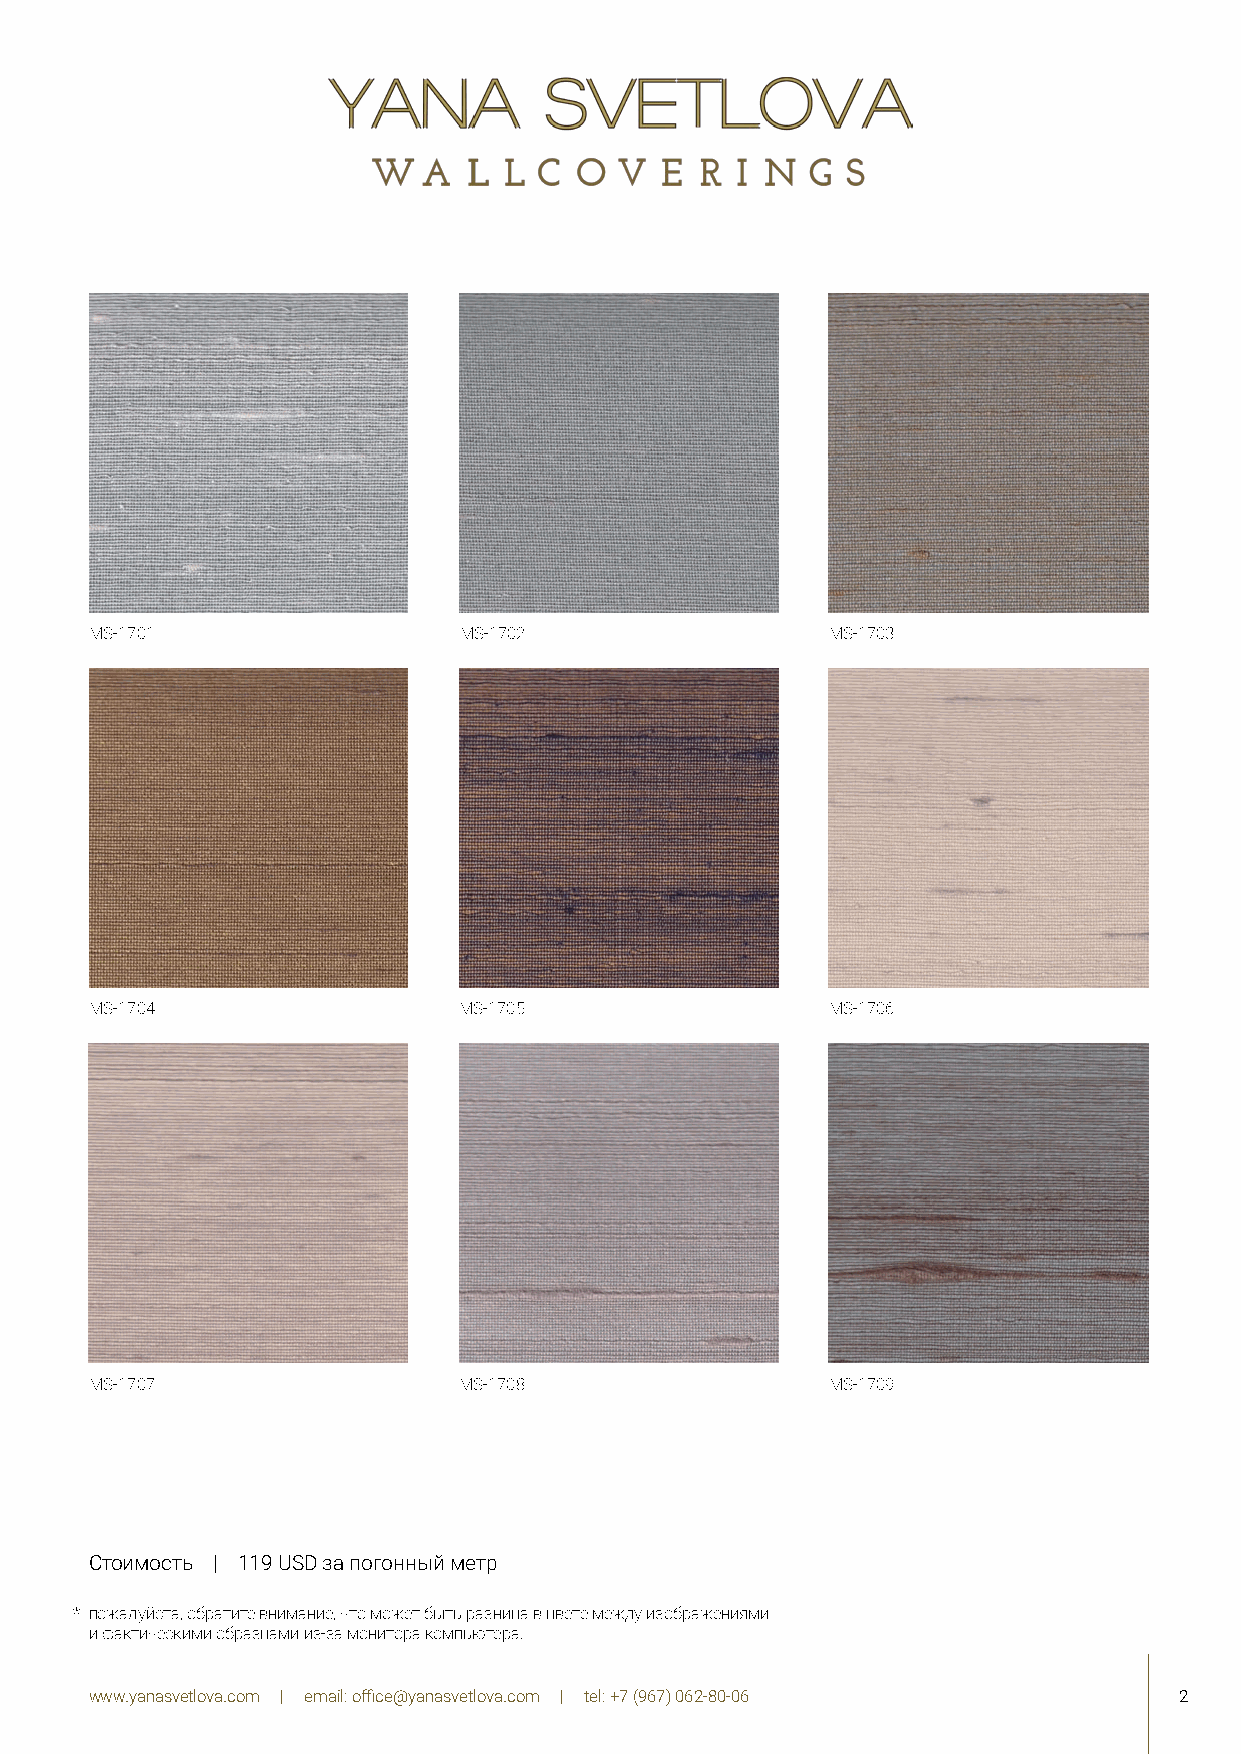
MS-1701                 MS-1702                  MS-1703
 MS-1704                 MS-1705                  MS-1706
 MS-1707                 MS-1708                  MS-1709
 Стоимость | 119 USD за погонный метр
 * пожалуйста, обратите внимание, что может быть разница в цвете между изображениями
 и фактическими образцами из-за монитора компьютера.
 www.yanasvetlova.com | email: office@yanasvetlova.com | tel: +7 (967) 062-80-06 2